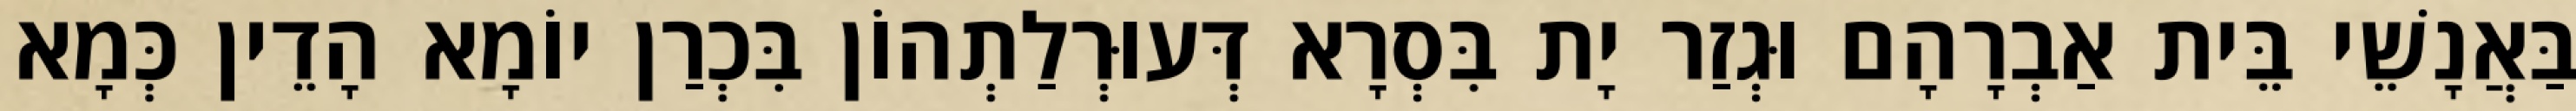
בַּאֲנָשֵׁי בֵּית אַבְרָהָם וּגְזַר יָת בִּסְרָא דְּעוּרְלַתְהוֹן בִּכְרַן יוֹמָא הָדֵין כְּמָא